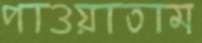
পাওয়াতাম